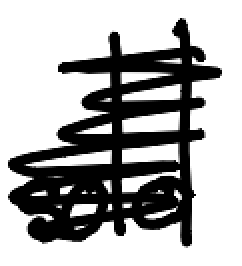
Text: sold
Cross-out: scratch
Writing tool: digital_black